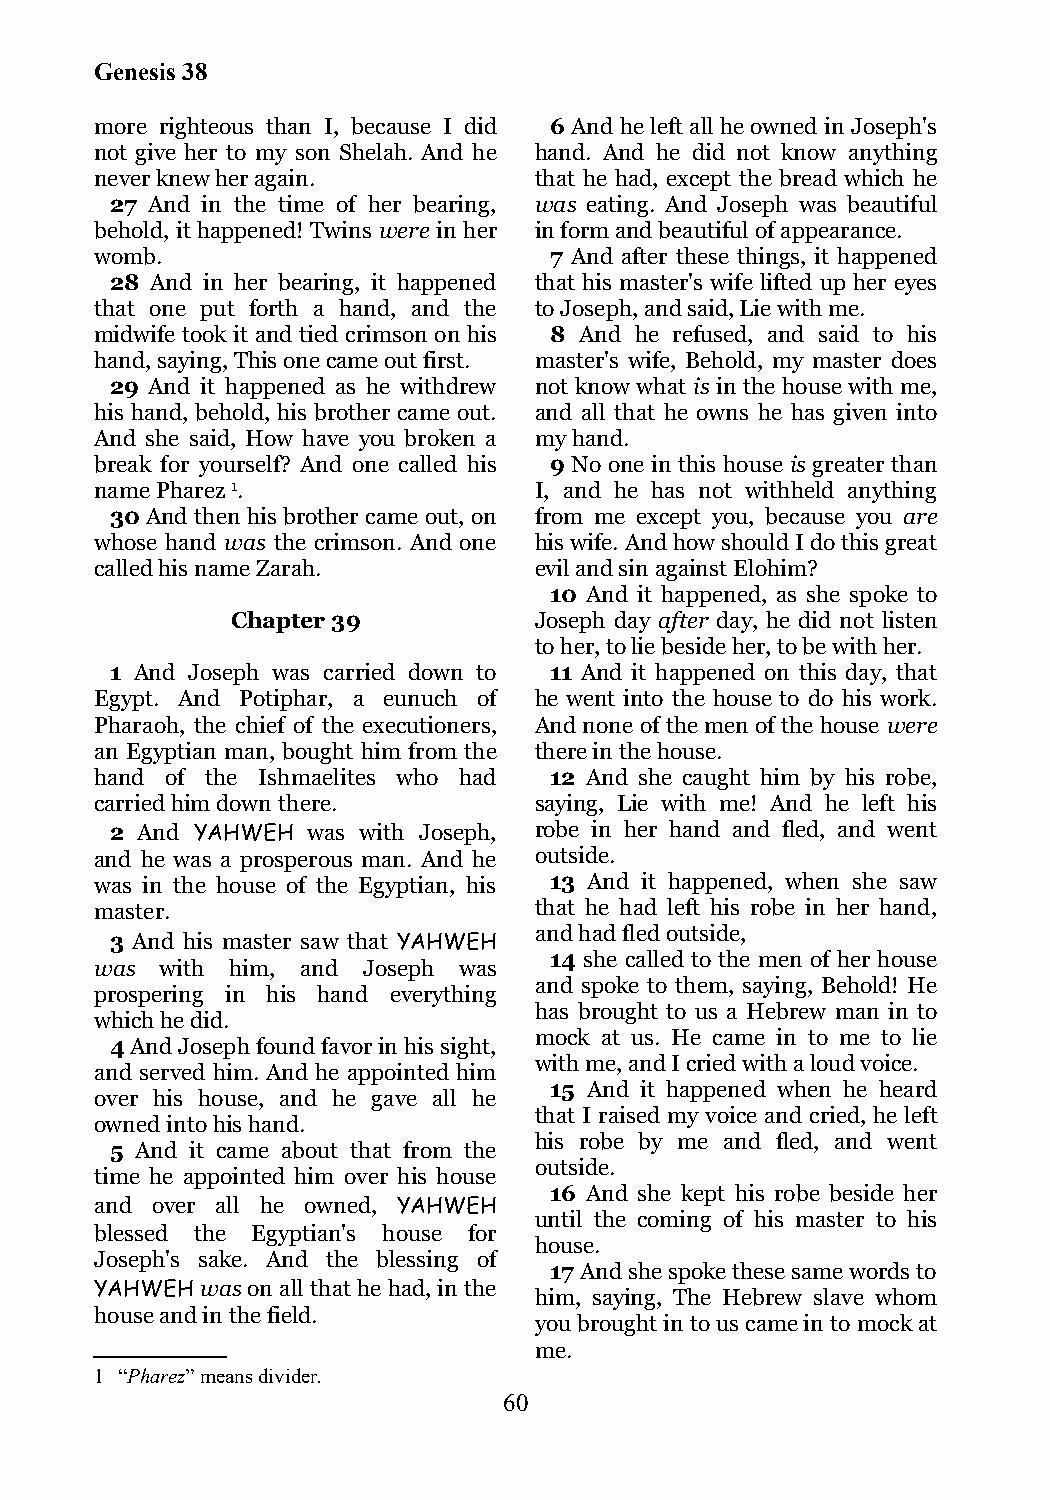
Genesis 38
 more righteous than I, because I did 6 And he left all he owned in Joseph's
 not give her to my son Shelah. And he hand. And he did not know anything
 never knew her again.        that he had, except the bread which he
 27 And in the time of her bearing, was eating. And Joseph was beautiful
 behold, it happened! Twins were in her in form and beautiful of appearance.
 womb.                         7 And after these things, it happened
 28 And in her bearing, it happened that his master's wife lifted up her eyes
 that one put forth a hand, and the to Joseph, and said, Lie with me.
 midwife took it and tied crimson on his 8 And he refused, and said to his
 hand, saying, This one came out first. master's wife, Behold, my master does
 29 And it happened as he withdrew not know what is in the house with me,
 his hand, behold, his brother came out. and all that he owns he has given into
 And she said, How have you broken a my hand.
 break for yourself? And one called his 9 No one in this house is greater than
 name Pharez 1.               I, and he has not withheld anything
 30 And then his brother came out, on from me except you, because you are
 whose hand was the crimson. And one his wife. And how should I do this great
 called his name Zarah.       evil and sin against Elohim?
 10 And it happened, as she spoke to
 Chapter 39          Joseph day after day, he did not listen
 to her, to lie beside her, to be with her.
 1 And Joseph was carried down to 11 And it happened on this day, that
 Egypt. And Potiphar, a eunuch of he went into the house to do his work.
 Pharaoh, the chief of the executioners, And none of the men of the house were
 an Egyptian man, bought him from the there in the house.
 hand of the Ishmaelites who had 12 And she caught him by his robe,
 carried him down there.      saying, Lie with me! And he left his
 2 And YAHWEH was with Joseph, robe in her hand and fled, and went
 and he was a prosperous man. And he outside.
 was in the house of the Egyptian, his 13 And it happened, when she saw
 master.                      that he had left his robe in her hand,
 and had fled outside,
 3 And his master saw that YAHWEH
 14 she called to the men of her house
 was  with him, and Joseph was
 and spoke to them, saying, Behold! He
 prospering in his hand everything
 has brought to us a Hebrew man in to
 which he did.
 mock at us. He came in to me to lie
 4 And Joseph found favor in his sight,
 with me, and I cried with a loud voice.
 and served him. And he appointed him
 15 And it happened when he heard
 over his house, and he gave all he
 that I raised my voice and cried, he left
 owned into his hand.
 his robe by me and fled, and went
 5 And it came about that from the
 outside.
 time he appointed him over his house
 16 And she kept his robe beside her
 and over all he owned, YAHWEH
 until the coming of his master to his
 blessed the Egyptian's house for
 house.
 Joseph's sake. And the blessing of
 17 And she spoke these same words to
 YAHWEH was on all that he had, in the
 him, saying, The Hebrew slave whom
 house and in the field.
 you brought in to us came in to mock at
 me.
 1 “Pharez” means divider.
 60